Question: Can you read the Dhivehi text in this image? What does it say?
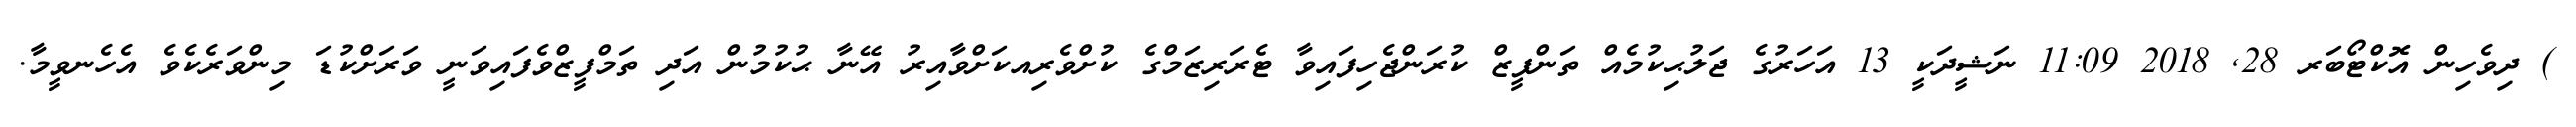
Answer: ) ދިވެހިން އޮކްޓޯބަރ 28, 2018 11:09 ނަޝީދަކީ 13 އަހަރުގެ ޖަލުޙިކުމެއް ތަންފީޒް ކުރަންޖެހިފައިވާ ޓެރަރިޒަމްގެ ކުށްވެރިއކަށްވާއިރު އޭނާ ޙުކުމުން އަދި ތަމްފީޒްވެފައިވަނީ ވަރަށްކުޑަ މިންވަރެކެވެ އެހެނވީމާ.